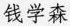
钱学森